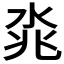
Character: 𣴝